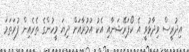
އިދުރީސް ވިދާޅުވީ އެ ކޯޕަރޭޝަނާއި އެކު އުމުރާއަށް ދިޔަ މީހުންގެ ތެރެއިން ފުރަތަމަ